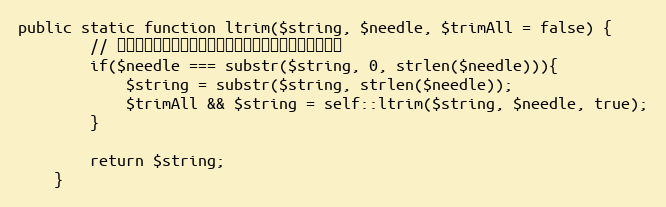
Language: PHP
public static function ltrim($string, $needle, $trimAll = false) {
		// 如果字符串左边字符串和左边要去掉的字符串一致则去掉
		if($needle === substr($string, 0, strlen($needle))){
			$string = substr($string, strlen($needle));
			$trimAll && $string = self::ltrim($string, $needle, true);
		}

		return $string;
	}